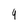
Character: 9